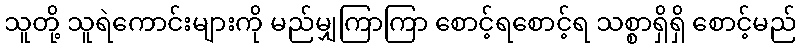
သူတို့ သူရဲကောင်းများကို မည်မျှကြာကြာ စောင့်ရစောင့်ရ သစ္စာရှိရှိ စောင့်မည်